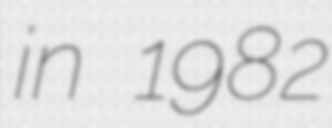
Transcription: in 1982